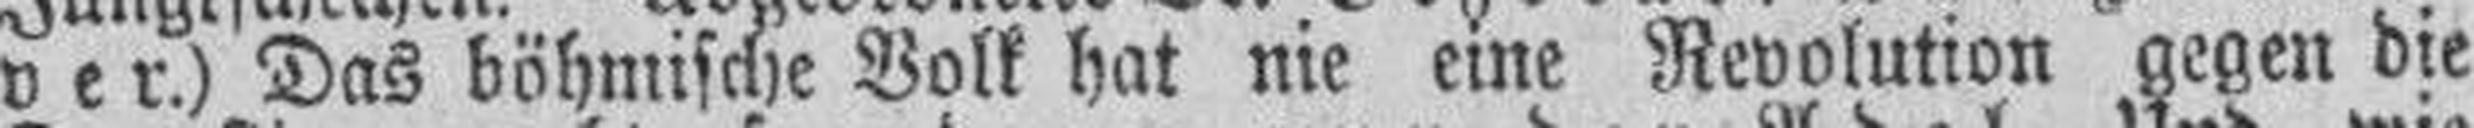
ver.) Das böhmische Volk hat nie eine Revolution gegen die